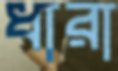
ধারা